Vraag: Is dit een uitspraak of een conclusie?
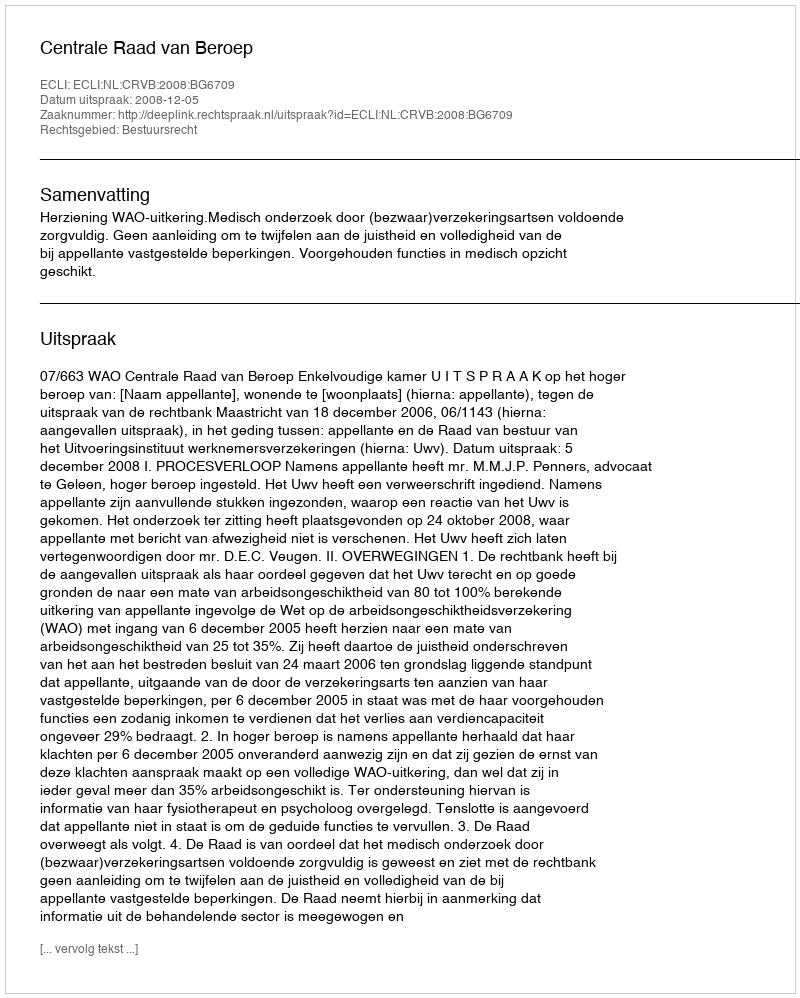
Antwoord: Uitspraak